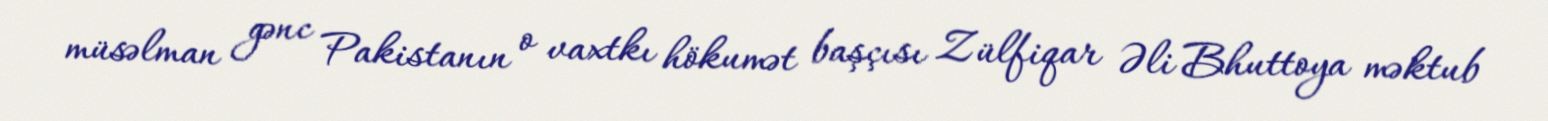
müsəlman gənc Pakistanın o vaxtkı hökumət başçısı Zülfiqar Əli Bhuttoya məktub